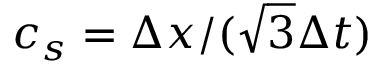
c _ { s } = \Delta x / ( \sqrt { 3 } \Delta t )